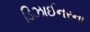
ડિઝાઈનરના